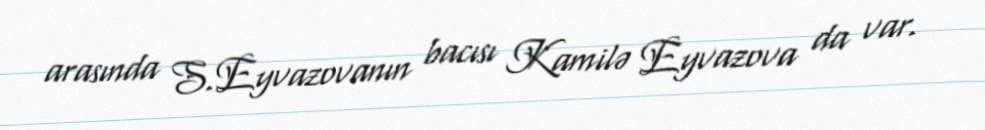
arasında S.Eyvazovanın bacısı Kamilə Eyvazova da var.